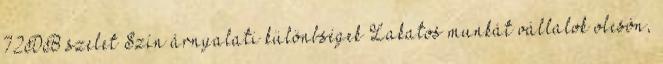
72DB szelet Szín árnyalati különbségek Lakatos munkát vállalok olcsón,